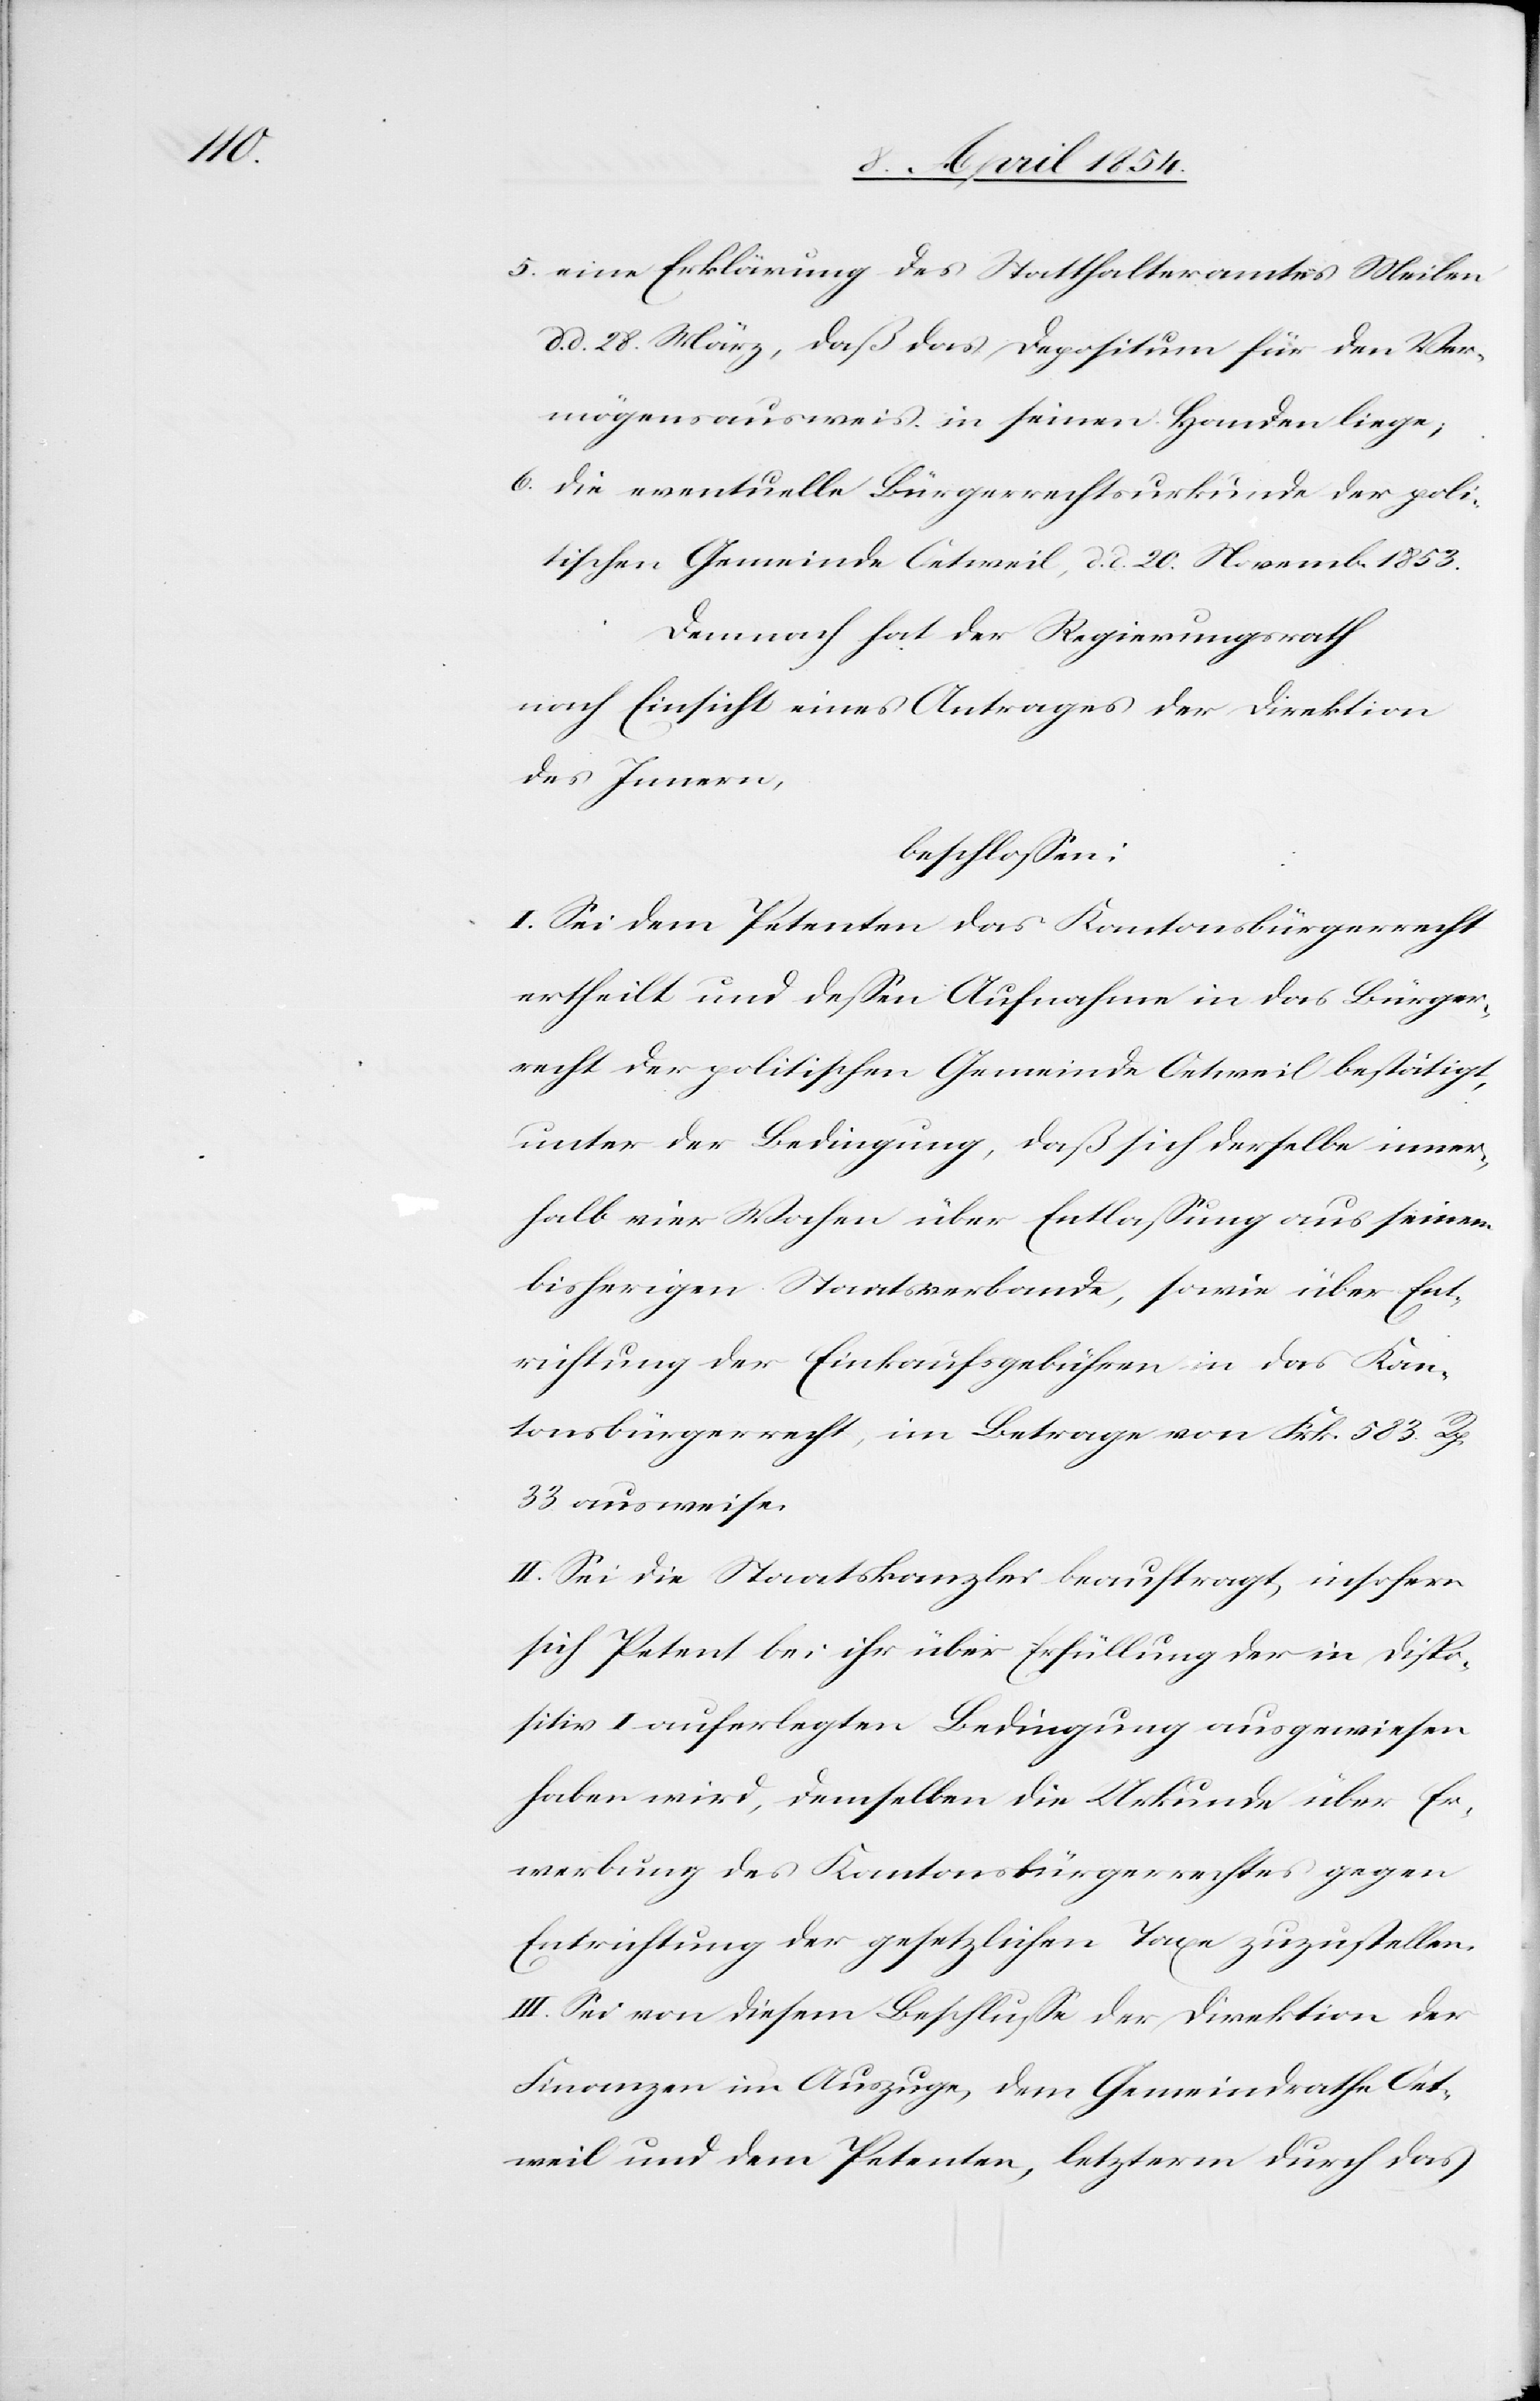
5. eine Erklärung des Statthalteramtes Meilen
d. d. 28. März, daß das Depositum für den Ver¬
mögensausweis in seinen Händen liege;
6. die eventuelle Bürgerrechtsurkunde der poli¬
tischen Gemeinde Oetweil, d. d. 20. Novemb. 1853.
Demnach hat der Regierungsrath
nach Einsicht eines Antrages der Direktion
des Innern,
beschloßen:
I. Sei dem Petenten das Kantonsbürgerrecht
ertheilt und deßen Aufnahme in das Bürger¬
recht der politischen Gemeinde Oetweil bestätigt,
unter der Bedingung, das sich derselbe inner¬
halb vier Wochen über Entlaßung aus seinem
bisherigen Staatsverbande, sowie über Ent¬
richtung der Einkaufsgebühren in das Kan¬
tonsbürgerrecht, im Betrage von Frk. 583 Rp.
33 ausweise.
II. Sei die Staatskanzlei beauftragt, insofern
sich Petent bei ihr über Erfüllung der in Dispo¬
sitiv I auferlegten Bedingungen ausgewiesen
haben wird, demselben die Urkunde über Er¬
werbung des Kantonsbürgerrechtes gegen
Entrichtung der gesetzlichen Taxe zuzustellen.
III. Sei von diesem Beschluße der Direktion der
Finanzen im Auszuge, dem Gemeindrathe Oet¬
weil und dem Petenten, letzterm durch das